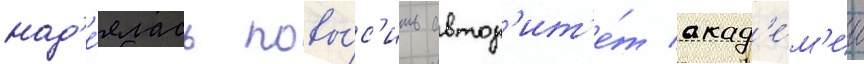
над'е́ялась повы́с'ить автор'ит'е́т акад'е́м'ии